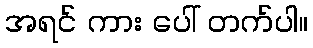
အရင် ကား ပေါ် တက်ပါ။